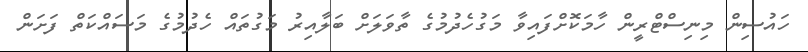
ހައުސިން މިނިސްޓްރީން ހާމަކޮށްފައިވާ މަގުހެދުމުގެ ތާވަލަށް ބަލާއިރު މަގުތައް ހެދުމުގެ މަސައްކަތް ފަށަން